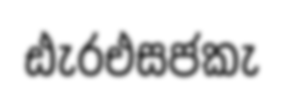
ඪැරඑසජකැ